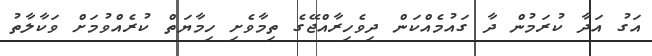
އަގު އަދާ ކުރަމުން ދާ ގައުމެއްކަން ދިވެހިރާއްޖޭގެ ތިމާވެށި ހިމާޔަތް ކުރެއްވުމަށް ވަކާލާތު